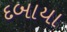
દબાયા